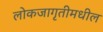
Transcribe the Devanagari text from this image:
लोकजागृतीमधील